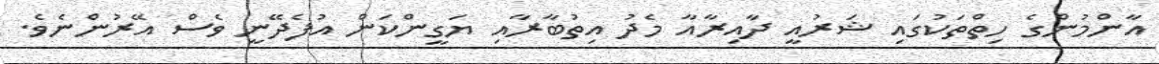
އާންމުންގެ ހިތްތަކުގައި ޝަރުއީ ދާއިރާއާ މެދު އިތުބާރާއި ޔަގީންކަން އުފެދޭނީ ވެސް އޭރުންނެވެ.